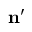
{ \bf { n } ^ { \prime } }